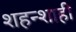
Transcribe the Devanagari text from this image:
शहन्शाही